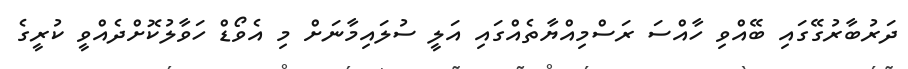
ދަރުބާރުގޭގައި ބޭއްވި ހާއްސަ ރަސްމިއްޔާތެއްގައި އަލީ ސުލައިމާނަށް މި އެވޯޑް ހަވާލުކޮށްދެއްވީ ކުރީގެ